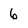
Character: 6